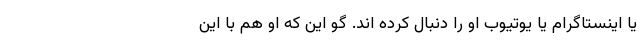
یا اینستاگرام یا یوتیوب او را دنبال کرده اند. گو این که او هم با این